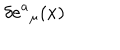
\delta e { ^ a } _ { \mu } ( x )